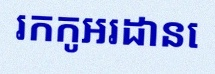
រកកូអរដោនេ